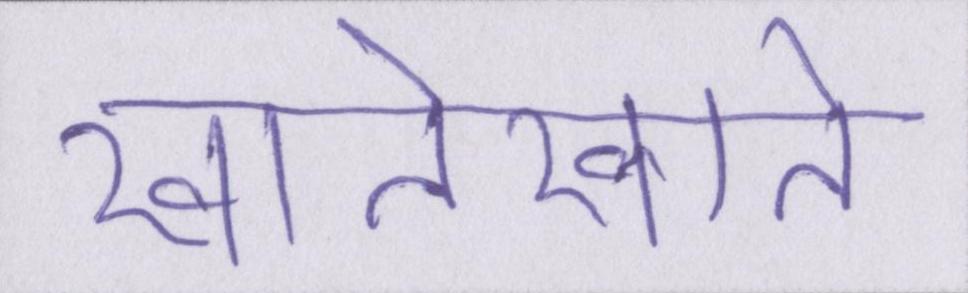
खातेखाते